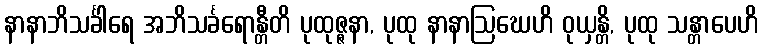
နာနာဘိသင်္ခါရေ အဘိသင်္ခရောန္တီတိ ပုထုဇ္ဇနာ, ပုထု နာနာဩဃေဟိ ဝုယှန္တိ, ပုထု သန္တာပေဟိ